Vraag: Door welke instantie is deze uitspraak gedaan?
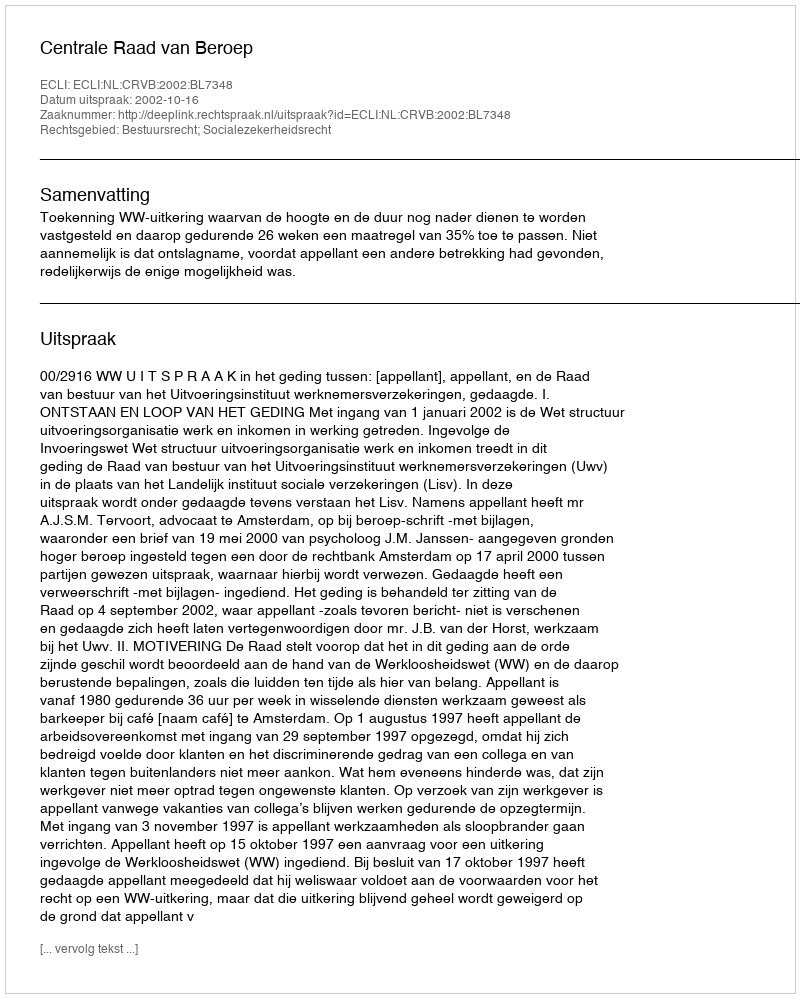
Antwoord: Centrale Raad van Beroep